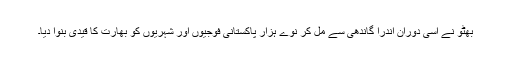
بھٹو نے اسی دوران اندرا گاندھی سے مل کر نوے ہزار پاکستانی فوجیوں اور شہریوں کو بھارت کا قیدی بنوا دیا۔